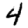
Digit: 4